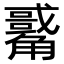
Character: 𧥀